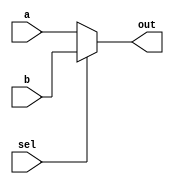
/*
   This file was generated automatically by Alchitry Labs version 1.2.7.
   Do not edit this file directly. Instead edit the original Lucid source.
   This is a temporary file and any changes made to it will be destroyed.
*/

module mux2_12 (
    input [15:0] a,
    input [15:0] b,
    input sel,
    output reg [15:0] out
  );
  
  
  
  always @* begin
    if (~sel) begin
      out = a;
    end else begin
      out = b;
    end
  end
endmodule